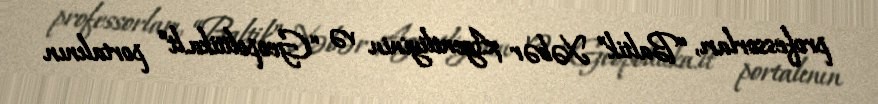
professorları, “Baltik” Xəbər Agentliyinin və “Geopolitika.lt” portalının